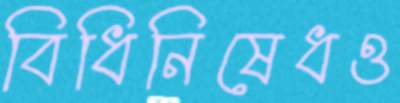
বিধিনিষেধও